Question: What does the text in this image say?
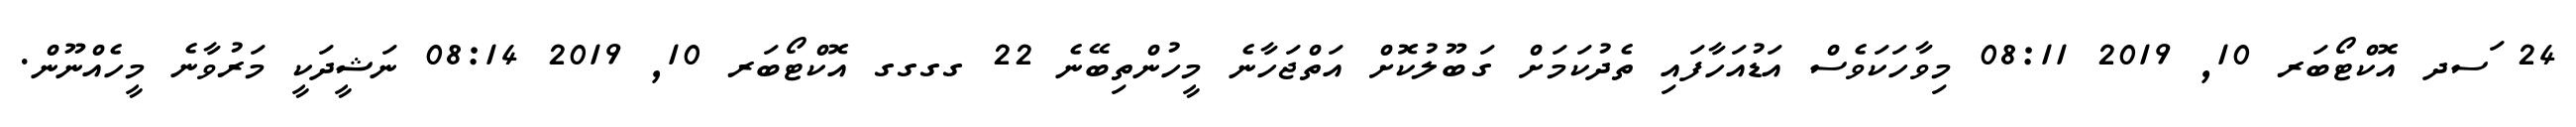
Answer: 24 ަސދ އޮކްޓޯބަރ 10, 2019 08:11 މިވާހަކަވެސް އަޑުއަހާފައި ތެދުކަމަށް ގަބޫލުކޮށް އަތްޖަހާނެ މީހުންތިބޭނެ 22 ގގގގ އޮކްޓޯބަރ 10, 2019 08:14 ނަޝީދަކީ މަރުވާނެ މީހެއްނޫން.